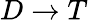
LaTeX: D\rightarrow T